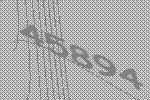
45894